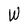
Character: W